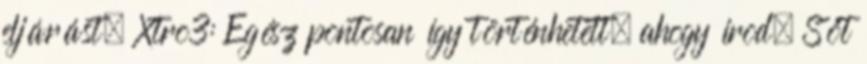
eljárást. Xtro3: Egész pontosan így történhetett, ahogy írod. Sőt